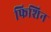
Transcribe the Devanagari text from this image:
फिशिन